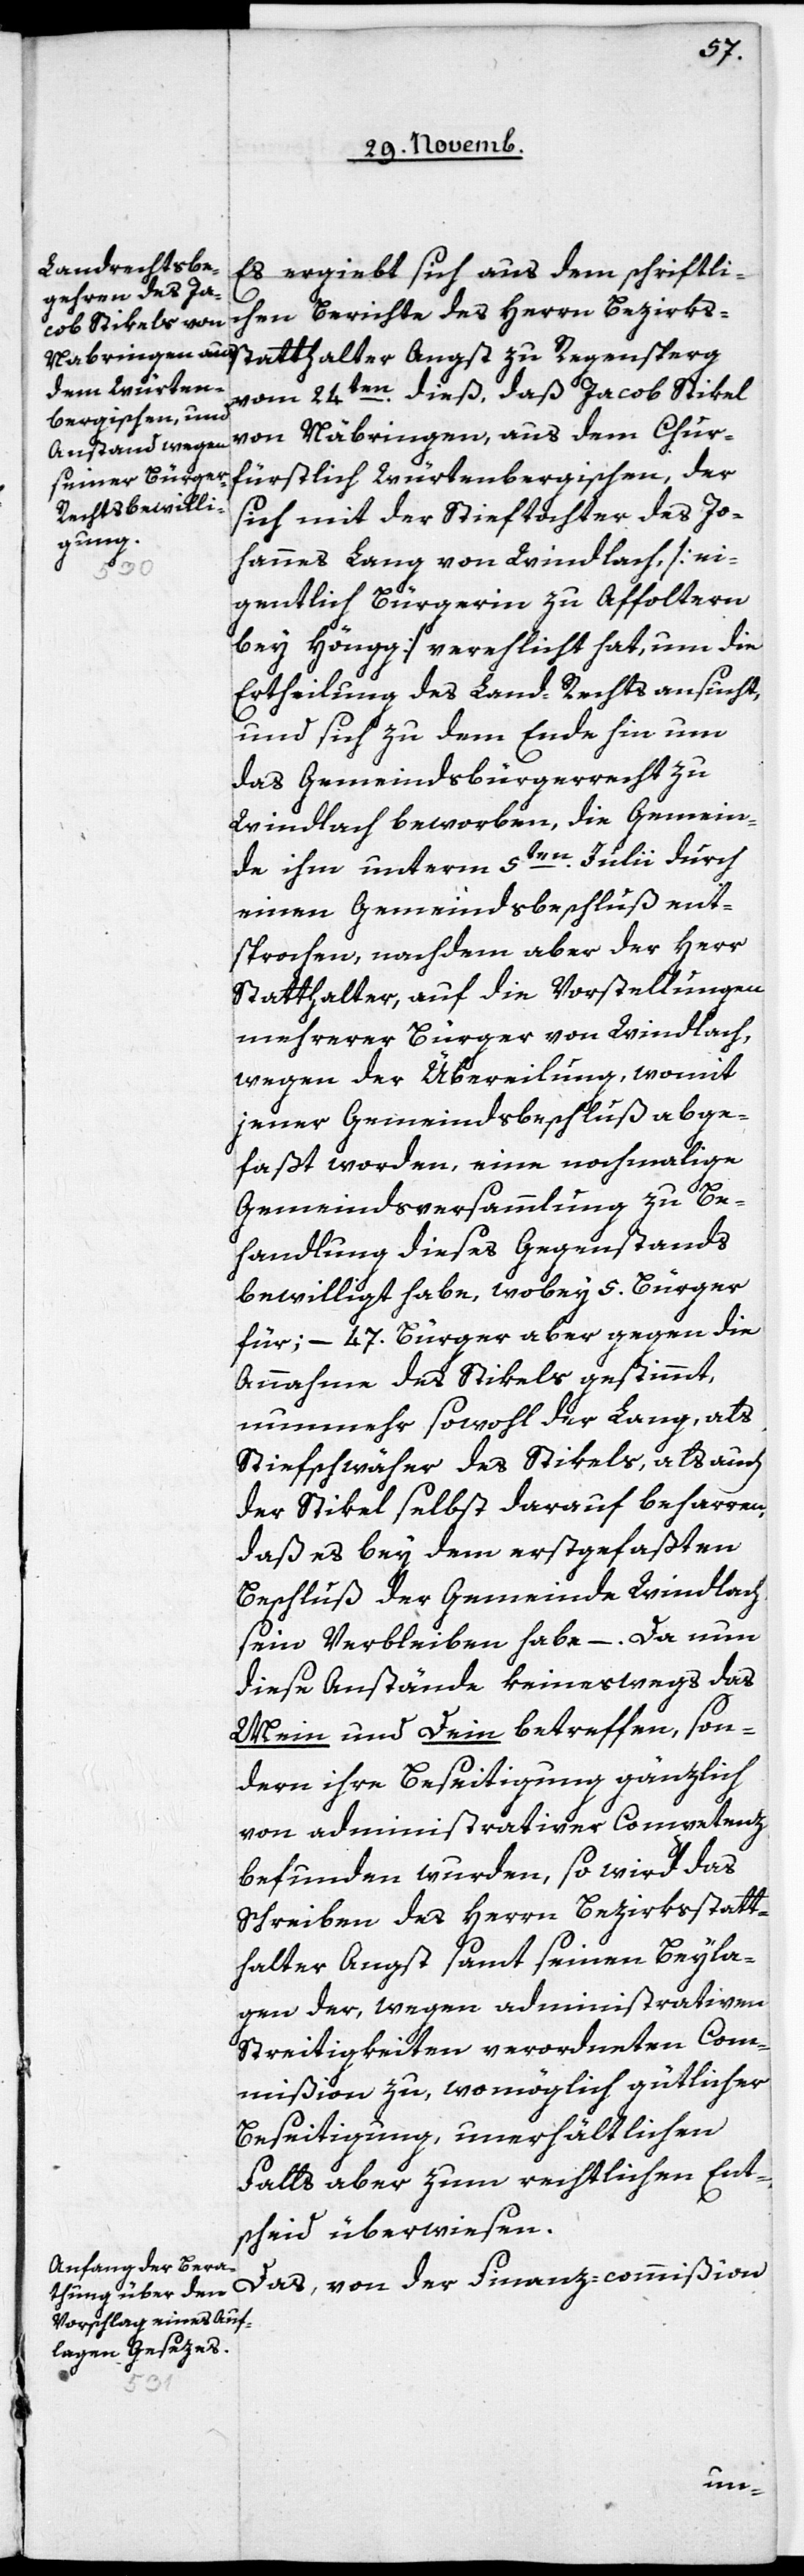
Chur¬

Es ergiebt sich aus dem schriftli¬
chen Berichte des Herrn Bezirks¬
statthalter Angst zu Regensperg
vom 24ten. dieß, daß Jacob Stikel
fürstlich Würtenbergischen, der
sich mit der Stieftochter des Jo¬
hannes Lang von Windlach, [ei¬
gentlich Bürgerin zu Affoltern
bey Höngg] verehelicht hat, um die
Ertheilung des Land-Rechts ansucht,
und sich zu dem Ende hin um
das Gemeindsbürgerrecht zu
Windlach beworben, die Gemein¬
de ihm unterm 5ten. Julii durch
einen Gemeindsbeschluß ent¬
sprochen, nachdem aber der Herr
Statthalter, auf die Vorstellungen
mehrerer Bürger von Windlach,
wegen der Übereilung, womit
jener Gemeindsbeschluß abge¬
faßt worden, eine nochmalige
Gemeindsversammlung zu Be¬
handlung dieses Gegenstands
bewilligt habe, wobey 5. Bürger
für; – 47. Bürger aber gegen die
Annahme des Stikels gestimmt,
nunmehr sowohl der Lang, als
Stiefschwäher des Stikels, als auch
der Stikel selbst darauf beharren,
daß es bey dem erstgefaßten
Beschluß der Gemeinde Windlach
sein Verbleiben habe –. Da nun
diese Anstände keineswegs das
Mein und Dein betreffen, son¬
dern ihre Beseitigung gänzlich
von administrativer Competenz
befunden wurden, so wird das
Schreiben des Herrn Bezirksstatt¬
halter Angst samt seinen Beyla¬
gen der, wegen administrativen
Streitigkeiten verordneten Com¬
mißion zu, womöglich gütlicher
Beseitigung, unerhältlichen
Falls aber zum rechtlichen Ent¬
scheid überwiesen.
Das, von der Finanz-commißion